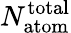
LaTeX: N_{\mathrm{atom}}^{\mathrm{total}}